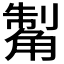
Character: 𧤊